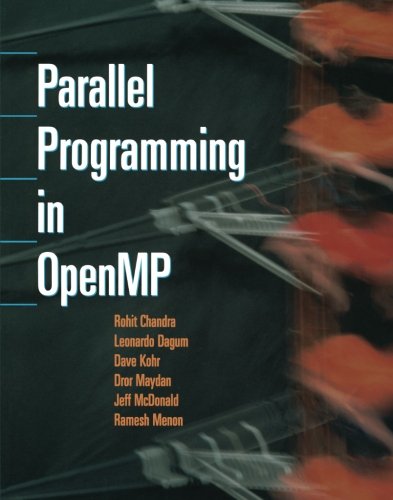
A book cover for Parallel Programming in OpenMP; Rohit Chandra; Computers & Technology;